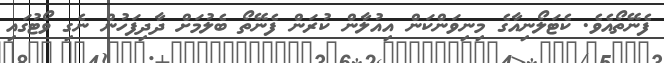
ފެނޭތޯއެވެ. ކެޓަލޯނިއާގެ މިނިވަންކަން އިއުލާން ކުރަން ފެނޭތޯ ބެލުމަށް ދާދިފަހުން ނެގި ވޯޓުގައި